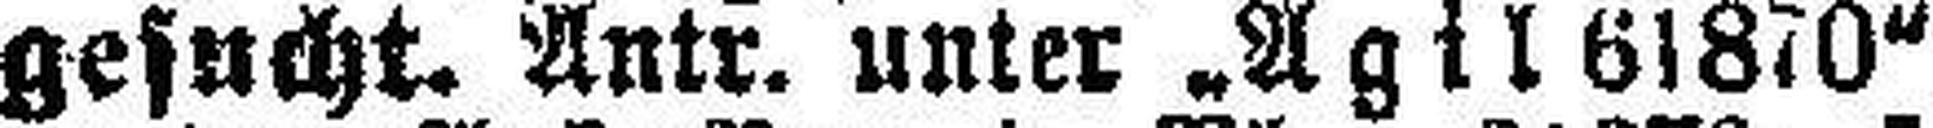
gesucht. Antr. unter „Agil 61870“